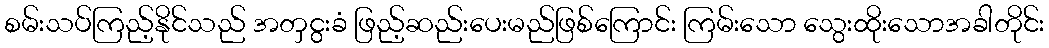
စမ်းသပ်ကြည့်နိုင်သည် အတှငွးခံ ဖြည့်ဆည်းပေးမည်ဖြစ်ကြောင်း ကြမ်းသော သွေးထိုးသောအခါတိုင်း